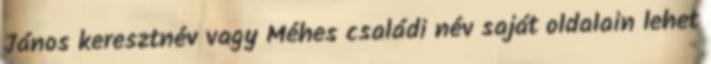
János keresztnév vagy Méhes családi név saját oldalain lehet